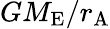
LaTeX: {GM_{\mathrm{E}}}/{r_{\mathrm{A}}}